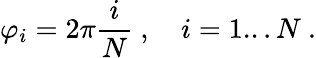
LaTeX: \varphi_{i}=2\pi\frac{i}{N}\ ,\quad i=1...N\ .